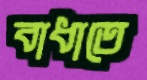
বাধাতে